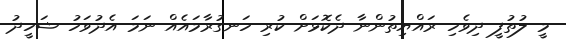
މީ ލުތުފީ ދިވެހި ރައްޔިތުންނާ ދެކޮޅަށް ކުރި ހަނގުރާމައެއް ނަމަ އެދުވަހު ޝަހީދު